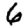
Digit: 6